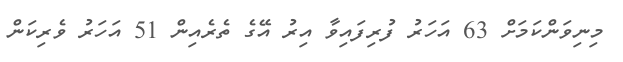
މިނިވަންކަމަށް 63 އަހަރު ފުރިފައިވާ އިރު އޭގެ ތެރެއިން 51 އަހަރު ވެރިކަން